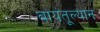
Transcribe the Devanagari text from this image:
बायंतूल्यान